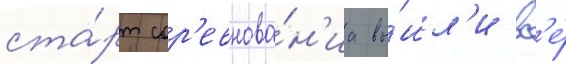
ста́рт сор'евнова́н'иа вы́шл'и вс'е́